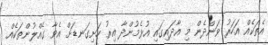
އެތަކެއް އަހަރު ވަންދެން މި އާދައިގައި އުޅެމުންދާ އިރު ހަށިގަނޑަށް އެވާ ގެއްލުންތަކެއް